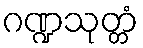
ဂဏ္ဍသုတ္တံ